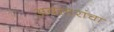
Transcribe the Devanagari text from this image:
अवतारांचा